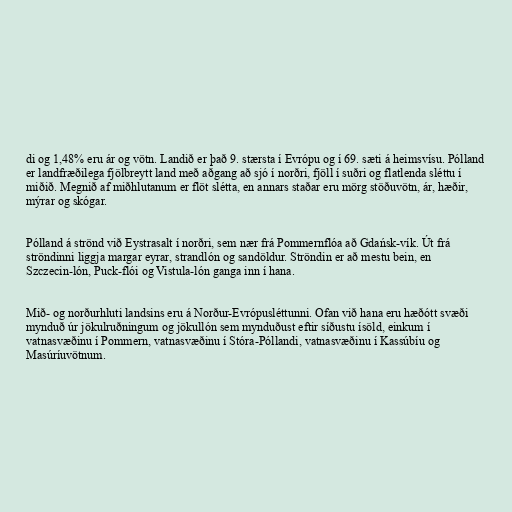
di og 1,48% eru ár og vötn. Landið er það 9. stærsta í Evrópu og í 69. sæti á heimsvísu. Pólland
er landfræðilega fjölbreytt land með aðgang að sjó í norðri, fjöll í suðri og flatlenda sléttu í
miðið. Megnið af miðhlutanum er flöt slétta, en annars staðar eru mörg stöðuvötn, ár, hæðir,
mýrar og skógar.

Pólland á strönd við Eystrasalt í norðri, sem nær frá Pommernflóa að Gdańsk-vík. Út frá
ströndinni liggja margar eyrar, strandlón og sandöldur. Ströndin er að mestu bein, en
Szczecin-lón, Puck-flói og Vistula-lón ganga inn í hana.

Mið- og norðurhluti landsins eru á Norður-Evrópusléttunni. Ofan við hana eru hæðótt svæði
mynduð úr jökulruðningum og jökullón sem mynduðust eftir síðustu ísöld, einkum í
vatnasvæðinu í Pommern, vatnasvæðinu í Stóra-Póllandi, vatnasvæðinu í Kassúbíu og
Masúríuvötnum.